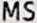
MS